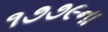
૧૭૭૯ના